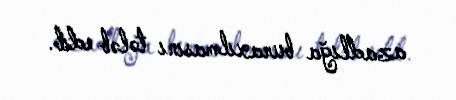
azadlığa buraxılmasını tələb edib.